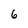
Character: 6